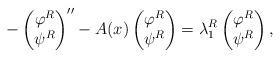
LaTeX: \begin{align*}-\left(\begin{matrix} \varphi ^R \\ \psi^R\end{matrix}\right)''-A(x)\left(\begin{matrix} \varphi ^R\\ \psi ^R \end{matrix}\right) = \lambda_1^{R}\left(\begin{matrix} \varphi ^R \\ \psi ^R\end{matrix}\right),\end{align*}